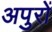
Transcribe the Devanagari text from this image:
अपुरों